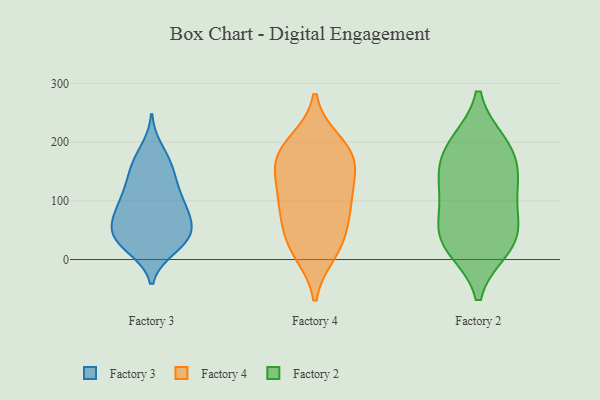
{"axis": {"x": "Humidity (%)", "y": "Value"}, "legend": ["Factory 2", "Factory 3", "Factory 4"], "data": [{"x": "", "y": 168, "type": "Factory 3"}, {"x": "", "y": 22, "type": "Factory 3"}, {"x": "", "y": 83, "type": "Factory 3"}, {"x": "", "y": 28, "type": "Factory 3"}, {"x": "", "y": 34, "type": "Factory 3"}, {"x": "", "y": 19, "type": "Factory 3"}, {"x": "", "y": 112, "type": "Factory 3"}, {"x": "", "y": 109, "type": "Factory 3"}, {"x": "", "y": 54, "type": "Factory 3"}, {"x": "", "y": 103, "type": "Factory 3"}, {"x": "", "y": 75, "type": "Factory 3"}, {"x": "", "y": 85, "type": "Factory 3"}, {"x": "", "y": 41, "type": "Factory 3"}, {"x": "", "y": 69, "type": "Factory 3"}, {"x": "", "y": 160, "type": "Factory 3"}, {"x": "", "y": 187, "type": "Factory 3"}, {"x": "", "y": 136, "type": "Factory 3"}, {"x": "", "y": 47, "type": "Factory 3"}, {"x": "", "y": 146, "type": "Factory 3"}, {"x": "", "y": 47, "type": "Factory 3"}, {"x": "", "y": 198, "type": "Factory 4"}, {"x": "", "y": 120, "type": "Factory 4"}, {"x": "", "y": 29, "type": "Factory 4"}, {"x": "", "y": 80, "type": "Factory 4"}, {"x": "", "y": 157, "type": "Factory 4"}, {"x": "", "y": 14, "type": "Factory 4"}, {"x": "", "y": 31, "type": "Factory 4"}, {"x": "", "y": 178, "type": "Factory 4"}, {"x": "", "y": 102, "type": "Factory 4"}, {"x": "", "y": 89, "type": "Factory 4"}, {"x": "", "y": 178, "type": "Factory 4"}, {"x": "", "y": 170, "type": "Factory 4"}, {"x": "", "y": 28, "type": "Factory 2"}, {"x": "", "y": 139, "type": "Factory 2"}, {"x": "", "y": 20, "type": "Factory 2"}, {"x": "", "y": 196, "type": "Factory 2"}, {"x": "", "y": 119, "type": "Factory 2"}, {"x": "", "y": 72, "type": "Factory 2"}, {"x": "", "y": 197, "type": "Factory 2"}, {"x": "", "y": 177, "type": "Factory 2"}, {"x": "", "y": 59, "type": "Factory 2"}, {"x": "", "y": 132, "type": "Factory 2"}, {"x": "", "y": 30, "type": "Factory 2"}]}